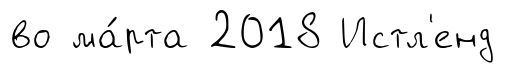
во ма́рта 2018 Истл'енд